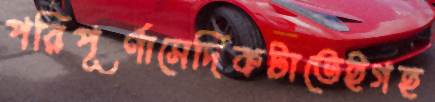
পরিপূর্ণাসেদিকটাতেইগহ